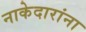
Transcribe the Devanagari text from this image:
नाकेदारांना